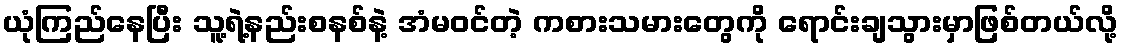
ယုံကြည်နေပြီး သူ့ရဲ့နည်းစနစ်နဲ့ အံမဝင်တဲ့ ကစားသမားတွေကို ရောင်းချသွားမှာဖြစ်တယ်လို့